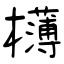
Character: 欂